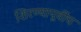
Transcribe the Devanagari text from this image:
शिरण्यापूर्वीच